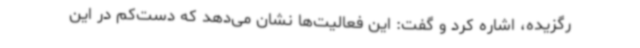
رگزیده، اشاره کرد و گفت: این فعالیت‌ها نشان می‌دهد که دست‌کم در این